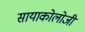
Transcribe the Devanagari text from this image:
सायाकोलोजी